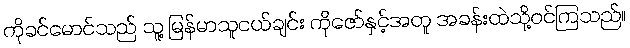
ကိုခင်မောင်သည် သူ့ မြန်မာသူငယ်ချင်း ကိုဇော်နှင့်အတူ အခန်းထဲသို့ဝင်ကြသည်။